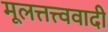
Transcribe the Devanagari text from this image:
मूलत्तत्त्ववादी